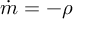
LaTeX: { \dot { m } } = - \rho